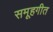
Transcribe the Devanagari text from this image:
समूहगीत